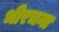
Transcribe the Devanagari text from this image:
भीरचना